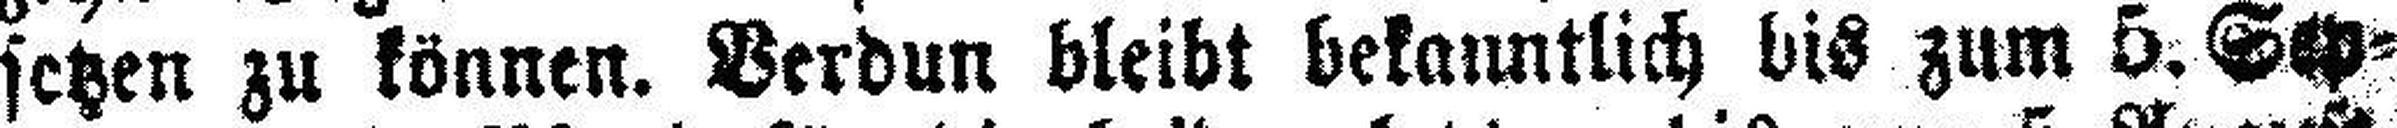
setzen zu können. Verdun bleibt bekanntlich bis zum 5. Sep¬